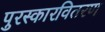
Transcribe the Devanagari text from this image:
पुरस्कारवितरण